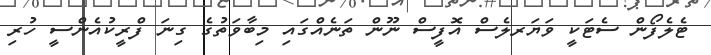
ޓެލެފޯން ސެޓަކީ ވަޔަރލެސް އޮފީސް ނޫން ތަނެއްގައި މިބާވަތުގެ ގިނަ ފްރީކުއެންސީ ހުރި